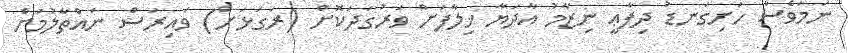
ނަމަވެސް ހަށިގަނޑު ދިފާޢީ ނިޒާމު އާދަޔާ ޚިލާފަށް ވަރުގަދަކޮށް (ރަގަޅަށް) ވައިރަސް ނައްތާލުމަށް